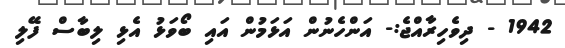
1942 - ދިވެހިރާއްޖެ:- އަންހެނުން އަޅަމުން އައި ބޯވަޅު އެޅި ލިބާސް ފޭލި